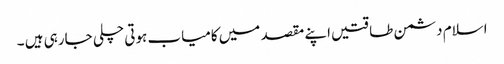
اسلام دشمن طاقتیں اپنے مقصد میں کامیاب ہوتی چلی جارہی ہیں ۔